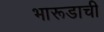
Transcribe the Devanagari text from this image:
भारूडाची